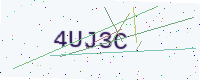
Text: 4UJ3C